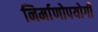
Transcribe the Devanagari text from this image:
निर्माणोपयोगी